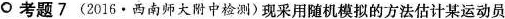
○考题7 (2016 · 西南师大附中检测)现采用随机模拟的方法估计某运动员